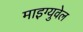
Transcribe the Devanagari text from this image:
माइग्युवेल